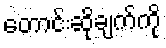
တောင်းဆိုချက်ကို